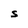
Character: S